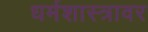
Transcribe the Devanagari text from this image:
धर्मशास्त्रावर